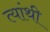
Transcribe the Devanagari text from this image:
त्यांथी